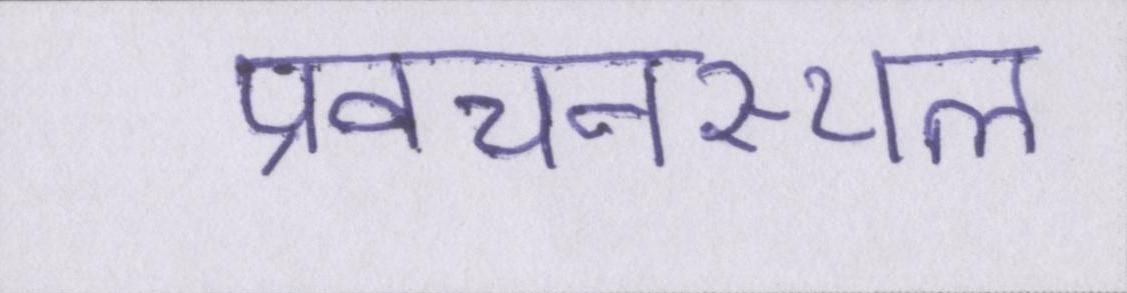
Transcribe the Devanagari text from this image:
प्रवचनस्थल